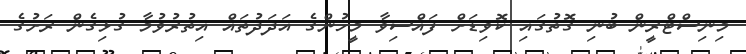
މިނިސްޓްރީންް ބުނި ގޮތުގައި ކޮވިޑަށް ފައްސިވާ މީހުންގެ އަދަދުތައް އިތުރުވުމާ ގުޅިގެން ރަށުގެ